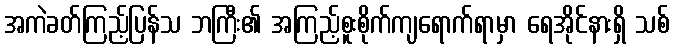
အကဲခတ်ကြည့်ပြန်သ ဘကြီး၏ အကြည့်စူးစိုက်ကျရောက်ရာမှာ ရေအိုင်နားရှိ သစ်